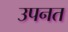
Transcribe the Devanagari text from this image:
उपनत